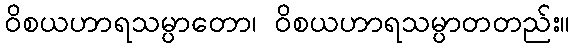
ဝိစယဟာရသမ္ပာတော၊ ဝိစယဟာရသမ္ပာတတည်း။